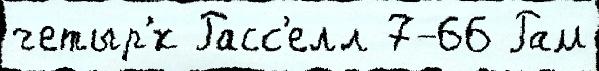
четыр'́х Расс'елл 7-66 Рам